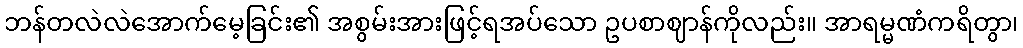
ဘန်တလဲလဲအောက်မေ့ခြင်း၏ အစွမ်းအားဖြင့်ရအပ်သော ဥပစာဈာန်ကိုလည်း။ အာရမ္မဏံကရိတွာ၊